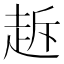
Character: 䞣